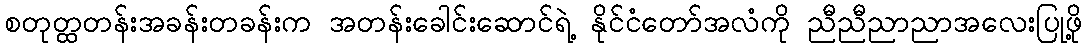
စတုတ္ထတန်းအခန်းတခန်းက အတန်းခေါင်းဆောင်ရဲ့ နိုင်ငံတော်အလံကို ညီညီညာညာအလေးပြုဖို့